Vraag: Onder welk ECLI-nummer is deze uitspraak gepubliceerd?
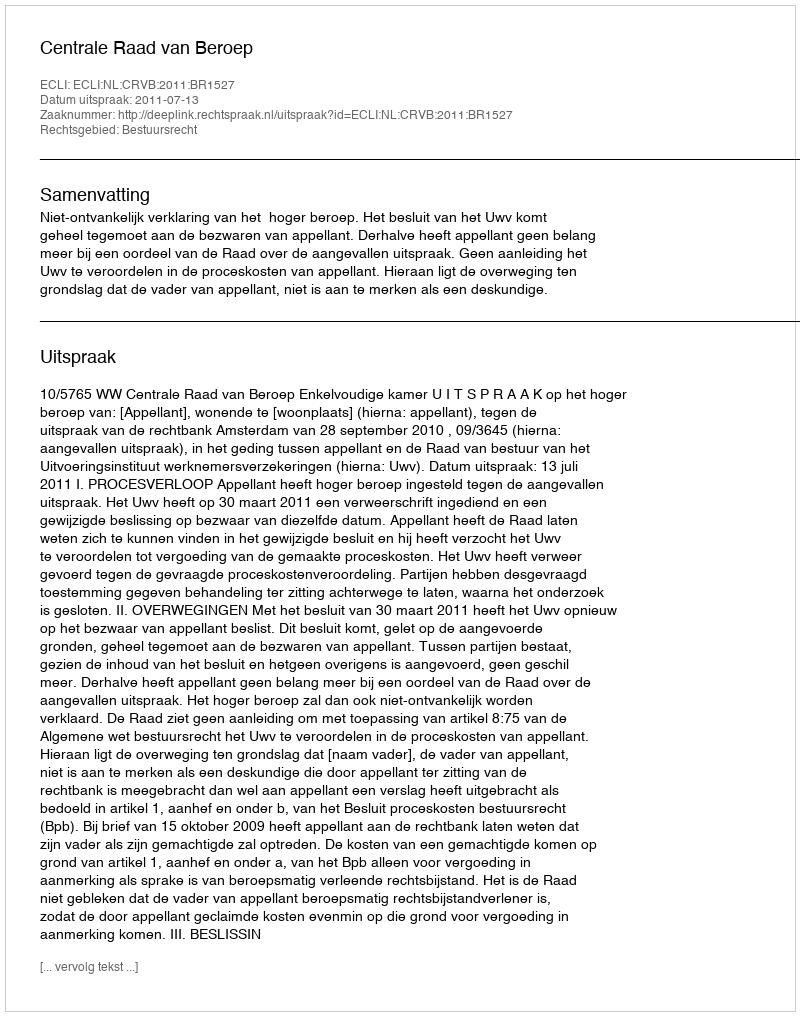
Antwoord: ECLI:NL:CRVB:2011:BR1527